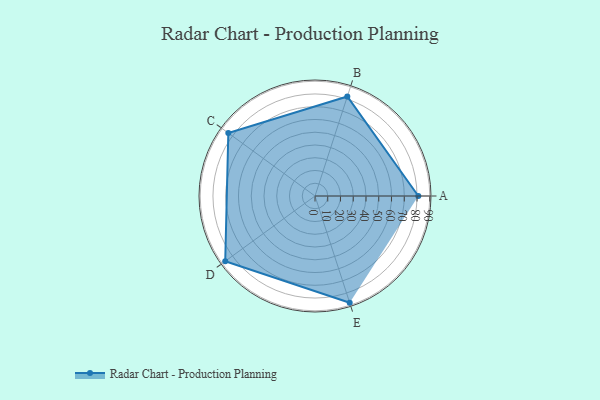
{"axis": {"x": "Skill", "y": "Score"}, "legend": ["Profile"], "data": [{"x": "A", "y": 81.0, "type": "Profile"}, {"x": "B", "y": 82.0, "type": "Profile"}, {"x": "C", "y": 84.0, "type": "Profile"}, {"x": "D", "y": 87.0, "type": "Profile"}, {"x": "E", "y": 88.0, "type": "Profile"}]}